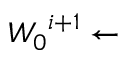
\boldsymbol { W _ { 0 } } ^ { i + 1 } \leftarrow